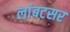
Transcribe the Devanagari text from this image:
लांबटसर